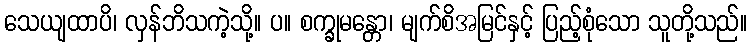
သေယျထာပိ၊ လှန်ဘိသကဲ့သို့။ ပ။ စက္ခုမန္တော၊ မျက်စိအမြင်နှင့် ပြည့်စုံသော သူတို့သည်။